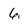
Character: 6